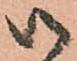
御